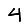
Digit: 4